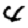
Digit: 4